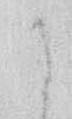
に